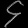
Digit: ၄